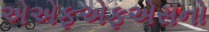
એએફએફએસનો